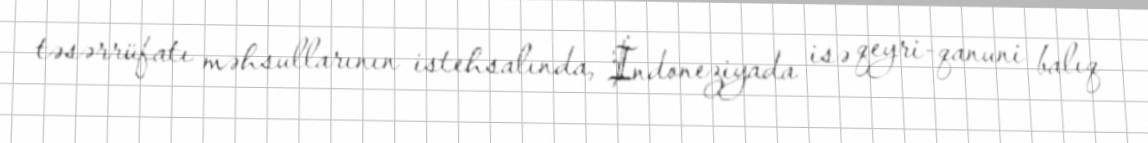
təsərrüfatı məhsullarının istehsalında, İndoneziyada isə qeyri-qanuni balıq